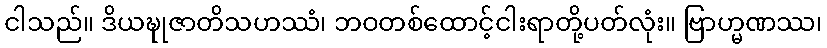
ငါသည်။ ဒိယဍ္ဎုဇာတိသဟဿံ၊ ဘဝတစ်ထောင့်ငါးရာတို့ပတ်လုံး။ ဗြာဟ္မဏဿ၊